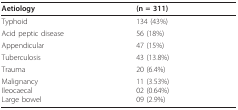
<table><thead><tr><td><b>Aetiology</b></td><td><b>(n = 311)</b></td></tr></thead><tbody><tr><td>Typhoid</td><td>134 (43%)</td></tr><tr><td>Acid peptic disease</td><td>56 (18%)</td></tr><tr><td>Appendicular</td><td>47 (15%)</td></tr><tr><td>Tuberculosis</td><td>43 (13.8%)</td></tr><tr><td>Trauma</td><td>20 (6.4%)</td></tr><tr><td>MalignancyIleocaecalLarge bowel</td><td>11 (3.53%)02 (0.64%)09 (2.9%)</td></tr></tbody></table>